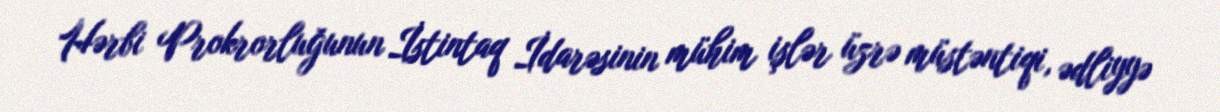
Hərbi Prokrorluğunun İstintaq İdarəsinin mühim işlər üzrə müstəntiqi, ədliyyə